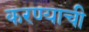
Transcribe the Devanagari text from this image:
करण्याची